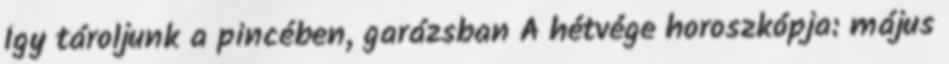
Így tároljunk a pincében, garázsban A hétvége horoszkópja: május